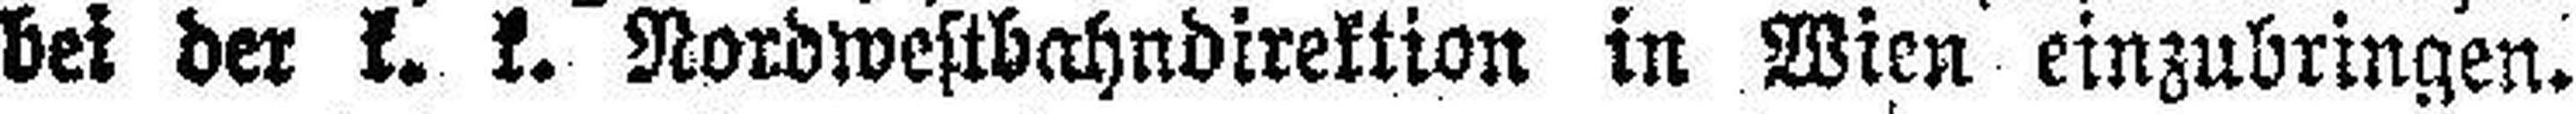
bei der k. k. Nordwestbahndirektion in Wien einzubringen.